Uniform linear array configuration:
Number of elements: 16
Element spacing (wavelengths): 0.25
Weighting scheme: blackman
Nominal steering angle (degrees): -15
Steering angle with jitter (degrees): -13.277
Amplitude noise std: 0.05
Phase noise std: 0.05

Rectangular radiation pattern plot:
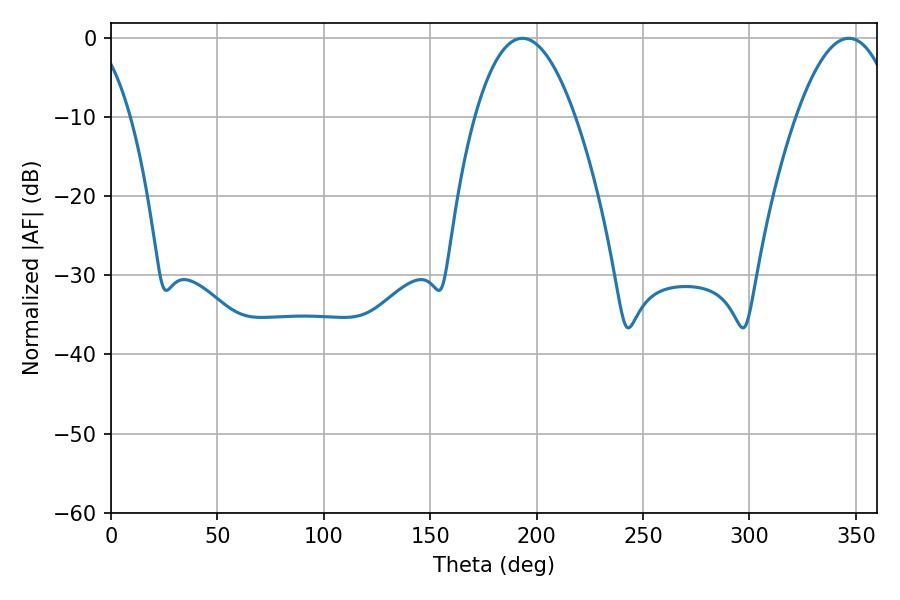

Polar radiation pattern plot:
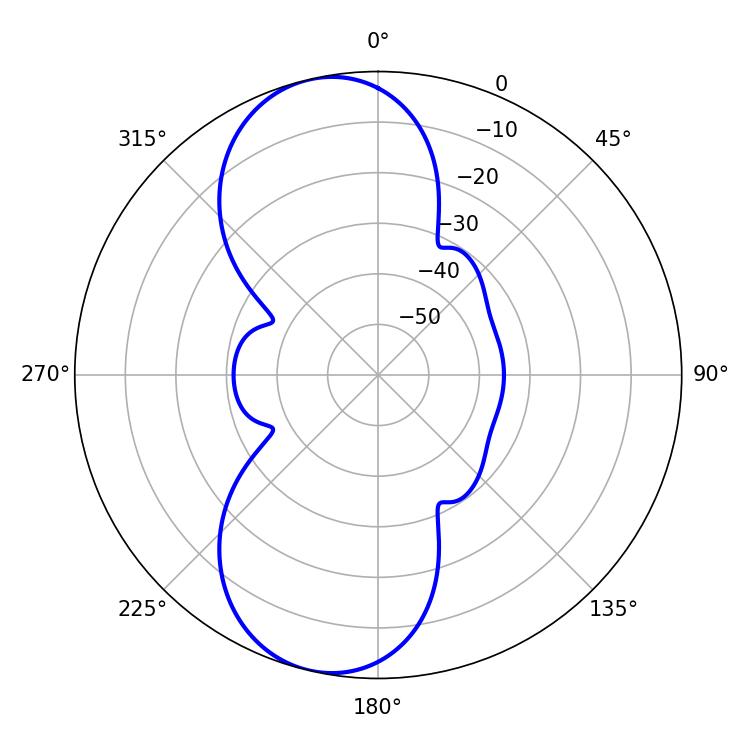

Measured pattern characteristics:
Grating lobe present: FALSE
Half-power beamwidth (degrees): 25.92
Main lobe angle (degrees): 193.32